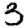
Digit: 3